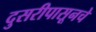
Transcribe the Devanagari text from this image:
दुसरीपासूनचे